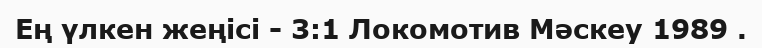
Ең үлкен жеңісі - 3:1 Локомотив Мәскеу 1989 .